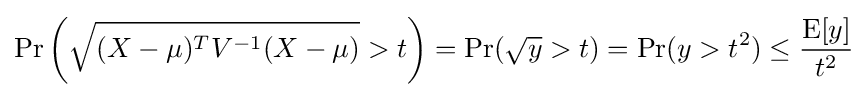
\Pr \left({\sqrt {(X-\mu )^{T}V^{-1}(X-\mu )}}>t\right)=\Pr({\sqrt {y}}>t)=\Pr(y>t^{2})\leq {\frac {\operatorname {E} [y]}{t^{2}}}